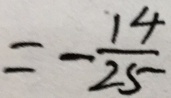
= - \frac { 1 4 } { 2 5 }